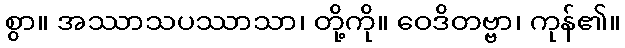
စွာ။ အဿာသပဿာသာ၊ တို့ကို။ ဝေဒိတဗ္ဗာ၊ ကုန်၏။